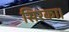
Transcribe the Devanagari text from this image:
सिरका।